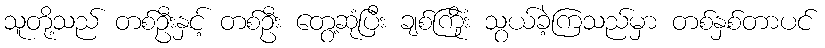
သူတို့သည် တစ်ဦးနှင့် တစ်ဦး တွေ့ဆုံပြီး ချစ်ကြိုံး သွယ်ခဲ့ကြသည်မှာ တစ်နှစ်တာပင်